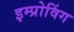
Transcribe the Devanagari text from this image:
इम्प्रोविंग